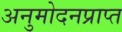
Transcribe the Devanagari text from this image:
अनुमोदनप्राप्त